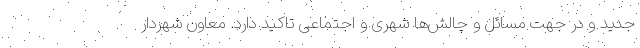
جدید و در جهت مسائل و چالش‌ها شهری و اجتماعی تاکید دارد. معاون شهردار